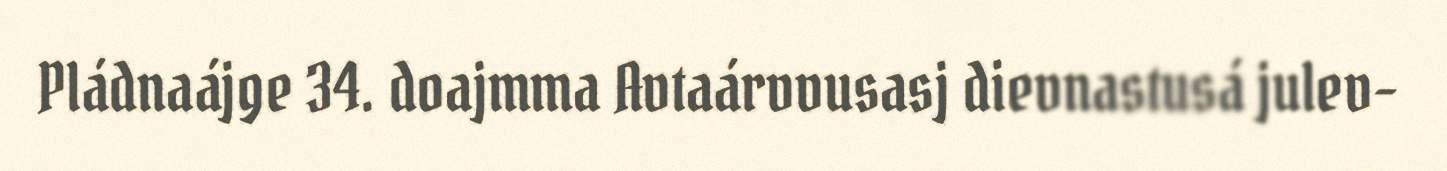
Pládnaájge 34. doajmma Avtaárvvusasj dievnastusá julev-